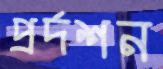
প্রর্দশন